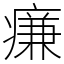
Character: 㾾